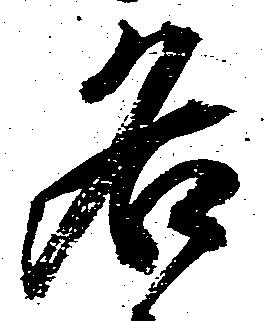
名